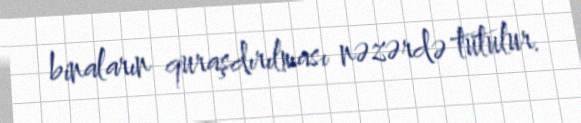
binaların quraşdırılması nəzərdə tutulur.